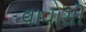
વાવાસી